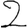
Digit: 2